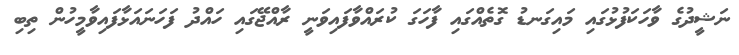
ނަޝީދުގެ ވާހަކަފުޅުގައި މައިގަނޑު ގޮތެއްގައި ފާހަގަ ކުރައްވާފައިވަނީ ރާއްޖޭގައި ހައްދު ފަހަނައަޅާފައިވާމީހުން ތިބި